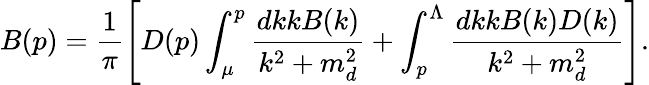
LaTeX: B(p)=\frac{1}{\pi}\left[D(p)\int_{\mu}^{p}\frac{dkkB(k)}{k^{2}+m_{d}^{2}}+\int_{p}^{\Lambda}\frac{dkkB(k)D(k)}{k^{2}+m_{d}^{2}}\right].